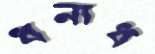
ধনাধ